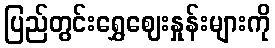
ပြည်တွင်းရွှေဈေးနှုန်းများကို